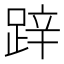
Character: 𨁅